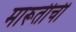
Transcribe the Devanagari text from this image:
मारूतीची